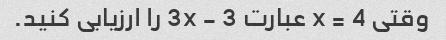
وقتی x = 4 عبارت 3x - 3 را ارزیابی کنید.